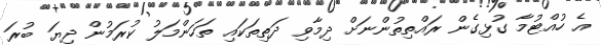
އެ ހުއްޓުމާ ގުޅިގެން ރައްތިތުންނަށް ދިމާވި ދަތިތަކައި ތަހަންމަލު ކުރަމުން ދިޔަ ބުރަ